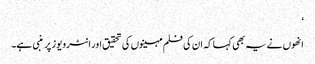
‘
انھوں نے یہ بھی کہا کہ ان کی فلم مہینوں کی تحقیق اور انٹرویوز پر منبی ہے۔